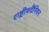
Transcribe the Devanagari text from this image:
राष्ट्रीयचैंपियन